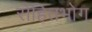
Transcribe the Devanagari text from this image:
रोहितभोग